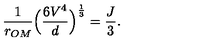
\frac { 1 } { r _ { O M } } \Big ( \frac { 6 V ^ { 4 } } { d } \Big ) ^ { \frac { 1 } { 3 } } = \frac { J } { 3 } .